Annual report of the Bengal Veterinary College and of the Civil Veterinary Department, Bengal, for the year 1910-1911 - 1910-1911
Year: 1910
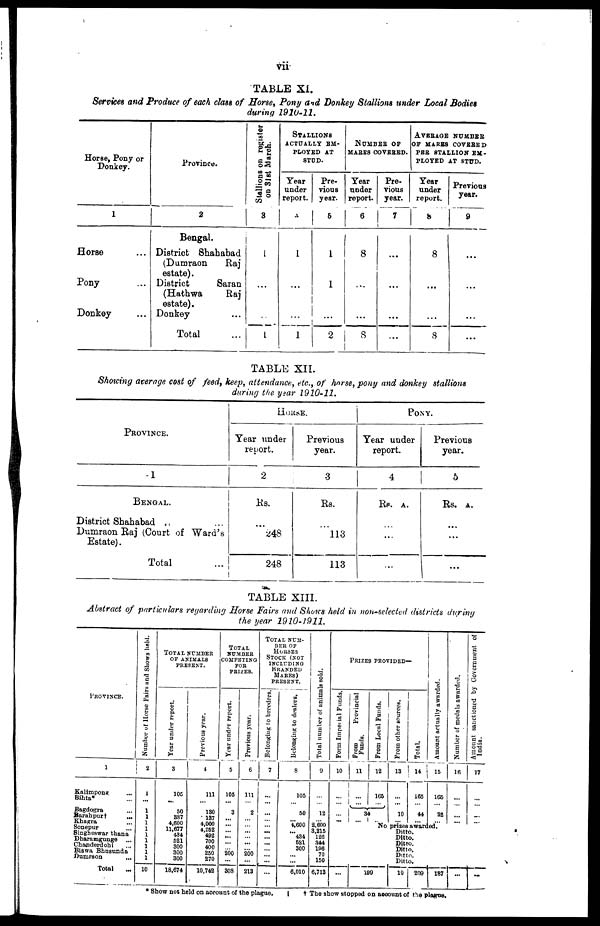
vii
TABLE XI.
Services and Produce of each class of Horse, Pony and Donkey Stallions under Local Bodies
during 1910-11.
Horse, Pony or
Donkey.
1
Horse …
Pony
Donkey …
Province.
2
Bengal.
District
Shahabad
(Dumraon
Raj
estate).
District
Saran
(Hathwa
Raj
estate).
Donkey ...
Total ...
Stallions on register
on 31st March.
3
1
...
1
STALLIONS
ACTUALLY EM¬
PLOYED AT
STUD.
Year
under
report.
4
1
…
...
1
Pre-
vious
year.
5
1
1
2
NUMBER OF
MARES COVERED.
Year
under
report.
6
8
...
8
Pre.
vious
year.
7
...
...
...
...
AVERAGE NUMBER
OF MARKS COVERED
PER STALLION EM¬
PLOYED AT STUD.
Year
under
report.
8
8
...
...
8
Previous
year.
9
...
...
...
...
TABLE XII.
Shotting average cost of feed, keep, attendance, etc., of horse, pony and donkey stallions
during the. year 1910-11.
PROVINCE.
1
BENGAL.
District Shahabad
Dumraon Raj (Court of Ward's
Estate).
Total
HOUSE.
Year under
report.
2
Rs.
248
248
Previous
year.
3
Rs.
113
113
PONY.
Year under
report.
4
Rs. A.
...
...
Previous
year.
5
Rs. A.
...
...
TABLE XIII.
Abstract of particulars regarding Horse Fairs and Shows held in non-selected districts during
the year 1910-1911.
PROVINCE.
1
Kalimpong …
Bihta …
Bagdogra …
Barahpurt
...
Khagra
Sonepur ...
Singheswar thana
Dharamgunge
...
Chaoderdohi …
Biswa Bhusunda
Dumraon
...
Total ...
Number of Horse Fairs and Shows held.
2
1
...
1
1
1
1
1
1
1
1
1
10
TOTAL NUMBER
OF ANIMALS
PRESENT.
Year under report.
3
105
…
50
387
4,600
11,677
434
521
300
300
300
18,674
Previous year.
4
111
…
130
137
4,000
4,262
492
700
400
250
270
10,742
TOTAL
NUMBER
COMPETING
FOR PRIZES.
Year under report.
5
105
...
3
...
...
...
...
...
... 200
...
308
Previous year.
6
111
…
2
...
...
...
... ...
... 200
...
213
TOTAL NUM¬BER OF
HORSES
STOCK (NOT
INCLUDING
BRANDED
MARES)
PRESENT.
Belongiug to breeders.
7
...
...
...
...
...
...
...
...
...
...
...
...
Belonging to dealers.
8
105
…
50
…
4,600
... 434
521
300
...
...
6,010
Total number of animals sold.
9
...
...
12
…
2,600
3,215
126
344
196
70
150
6,713
PRICES PROVIDED—
Form Imperial Funds.
10
…
…
…
...
From
Provincial
Funds.
11
…
...
From Local Funds.
12
165
…
34
... …
From other sources.
13
…
...
10
…
Total.
14
165
…
44
…
Amount actually awarded.
15
165
…
22
…
Number of medals awarded.
16
…
…
…
…
Amount sanctioned by Government of
India.
17
…
…
…
…
No prizes awarded.
Ditto.
Ditto.
Ditto.
Ditto.
Ditto.
Ditto.
...
199
10
209
187 ... ...
Show not held on account of the plague.
† The show stopped on account of the plague.